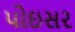
પોઇસર